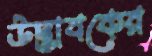
উদ্ভাবকের